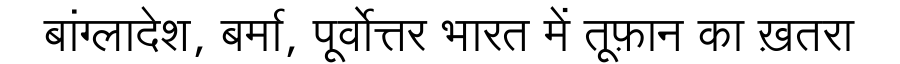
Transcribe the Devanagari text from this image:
बांग्लादेश, बर्मा, पूर्वोत्तर भारत में तूफ़ान का ख़तरा